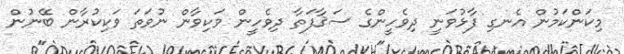
މިކަންކަމުން އެނގި ފާޅުވަނީ ދިވެހީންގެ ސަޤާފަތާ ދިވެހީން ވަކިވާން ނުވަތަ ވަކިކުރާން ބޭނުން